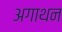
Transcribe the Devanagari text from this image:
अगाथन